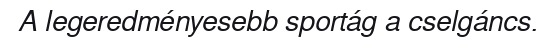
A legeredményesebb sportág a cselgáncs.